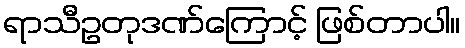
ရာသီဥတုဒဏ်ကြောင့် ဖြစ်တာပါ။